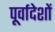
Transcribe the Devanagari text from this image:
पूर्वादेशों